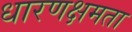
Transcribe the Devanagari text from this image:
धारणक्षमता